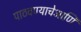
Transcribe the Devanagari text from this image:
पाठवण्याचेआणि